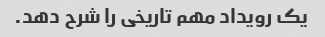
یک رویداد مهم تاریخی را شرح دهد.